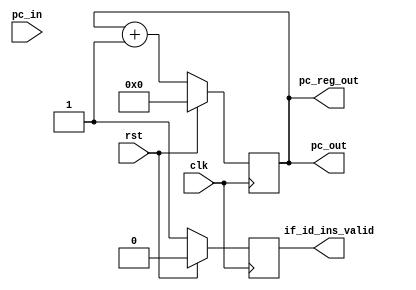
`timescale 1ns / 1ps
//////////////////////////////////////////////////////////////////////////////////
// Company: 
// Engineer: 
// 
// Design Name: 
// Module Name: program_counter
// Project Name: 
// Target Devices: 
// Tool Versions: 
// Description: 
// 
// Dependencies: 
// 
// Revision:
// Revision 0.01 - File Created
// Additional Comments:
// 
//////////////////////////////////////////////////////////////////////////////////


module program_counter(
input clk,
input rst,
input [31:0] pc_in,
output [31:0] pc_out,
output reg [31:0] pc_reg_out,
output reg if_id_ins_valid
);

assign pc_out[31:0] = pc_reg_out;

initial begin
    pc_reg_out = -1;
    if_id_ins_valid = 1;
end

always @(posedge clk) begin
    if(!rst) begin
        pc_reg_out = pc_reg_out + 1;
        if_id_ins_valid = 1;
    end
    else begin
        if_id_ins_valid = 0;
        pc_reg_out = 0;
    end
end
endmodule